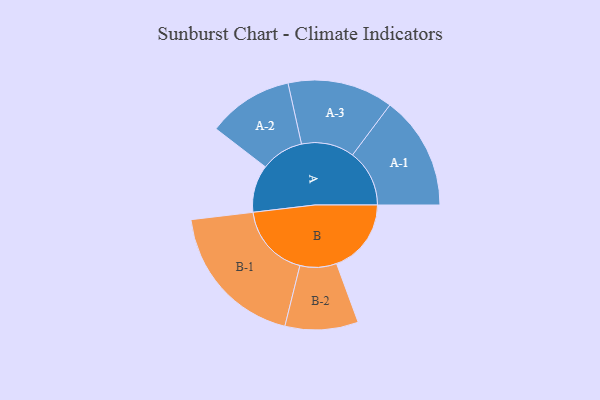
{"axis": {"x": "Segment", "y": "Value"}, "legend": ["", "A", "B"], "data": [{"x": "A", "y": 184, "type": ""}, {"x": "B", "y": 290, "type": ""}, {"x": "A-1", "y": 221, "type": "A"}, {"x": "A-2", "y": 166, "type": "A"}, {"x": "A-3", "y": 205, "type": "A"}, {"x": "B-1", "y": 288, "type": "B"}, {"x": "B-2", "y": 142, "type": "B"}]}